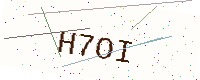
Text: H7OI